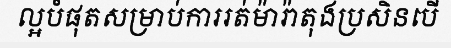
ល្អបំផុតសម្រាប់ការរត់ម៉ារ៉ាតុងប្រសិនបើ